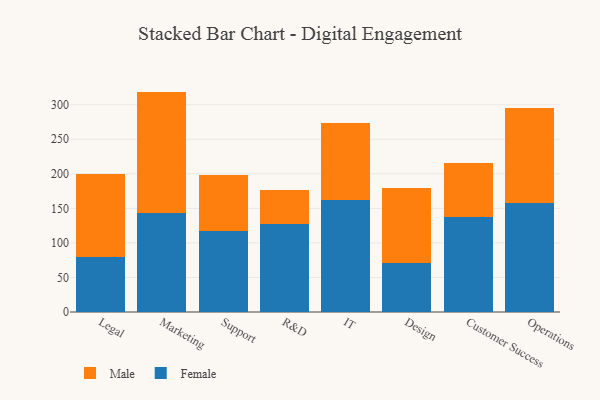
{"axis": {"x": "Department", "y": "Temperature (°C)"}, "legend": ["Female", "Male"], "data": [{"x": "Legal", "y": 79.4, "type": "Female"}, {"x": "Legal", "y": 120.6, "type": "Male"}, {"x": "Marketing", "y": 143.7, "type": "Female"}, {"x": "Marketing", "y": 175.3, "type": "Male"}, {"x": "Support", "y": 117.6, "type": "Female"}, {"x": "Support", "y": 80.0, "type": "Male"}, {"x": "R&D", "y": 126.7, "type": "Female"}, {"x": "R&D", "y": 50.1, "type": "Male"}, {"x": "IT", "y": 162.1, "type": "Female"}, {"x": "IT", "y": 112.0, "type": "Male"}, {"x": "Design", "y": 71.3, "type": "Female"}, {"x": "Design", "y": 107.6, "type": "Male"}, {"x": "Customer Success", "y": 137.9, "type": "Female"}, {"x": "Customer Success", "y": 77.9, "type": "Male"}, {"x": "Operations", "y": 157.6, "type": "Female"}, {"x": "Operations", "y": 137.8, "type": "Male"}]}